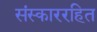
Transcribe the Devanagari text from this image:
संस्काररहित